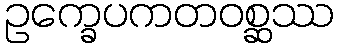
ဥက္ခေပကတဝစ္ဆဿ